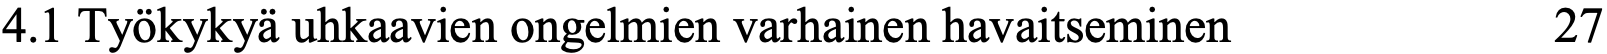
4.1 Työkykyä uhkaavien ongelmien varhainen havaitseminen 27